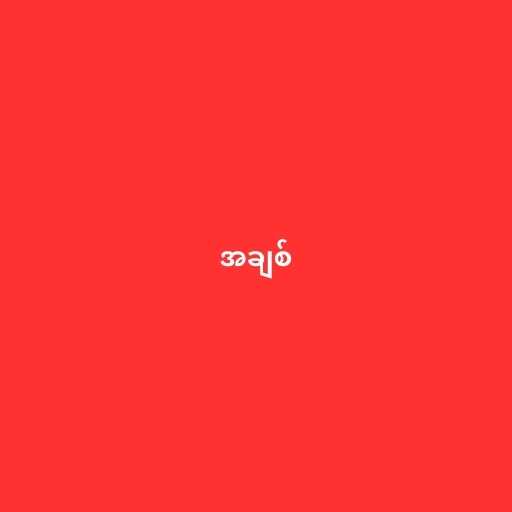
အချစ်